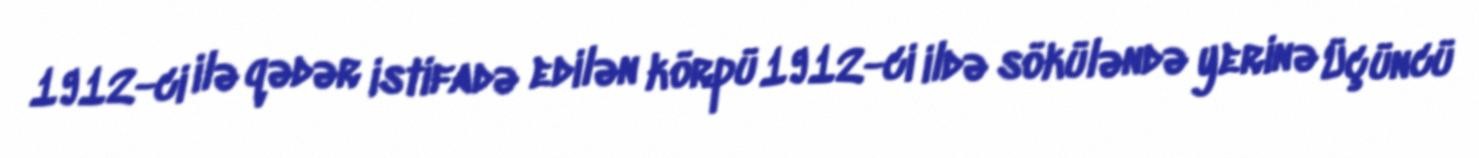
1912-ci ilə qədər istifadə edilən körpü 1912-ci ildə söküləndə yerinə Üçüncü